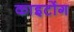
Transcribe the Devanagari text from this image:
काइटोंग